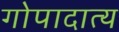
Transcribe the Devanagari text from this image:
गोपादात्य